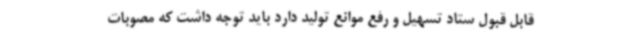
قابل قبول ستاد تسهیل و رفع موانع تولید دارد باید توجه داشت که مصوبات